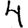
Digit: 4